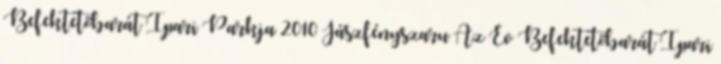
Befektetőbarát Ipari Parkja 2010 Jászfényszaru Az Év Befektetőbarát Ipari